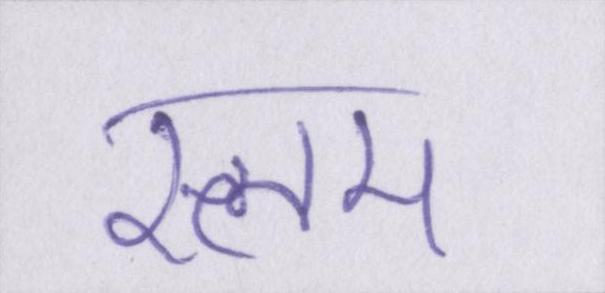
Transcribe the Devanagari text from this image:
स्लम